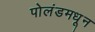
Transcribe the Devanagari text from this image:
पोलंडमधून